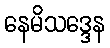
နေမိသဒ္ဒေန